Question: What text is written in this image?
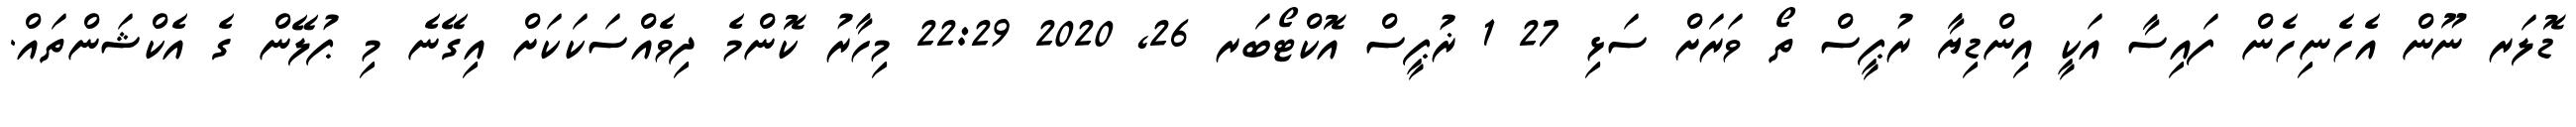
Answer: ޑޮލަރ ނޫން އެހެނިހެން ފައިސާ އަކީ އިންޑިޔާ ރުޕީސް ތޯ ވަރަށް ސަޅި 27 1 ޜުޕީސް އޮކްޓޯބަރ 26, 2020 22:29 މިހާރު ކޮންމެ ދިވެއްސަކަކަށް އިގޭނެ މި ޕުލޭން ގެ އެކްޝަންތައް.